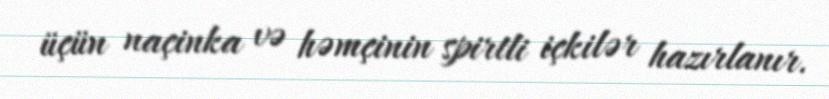
üçün naçinka və həmçinin spirtli içkilər hazırlanır.